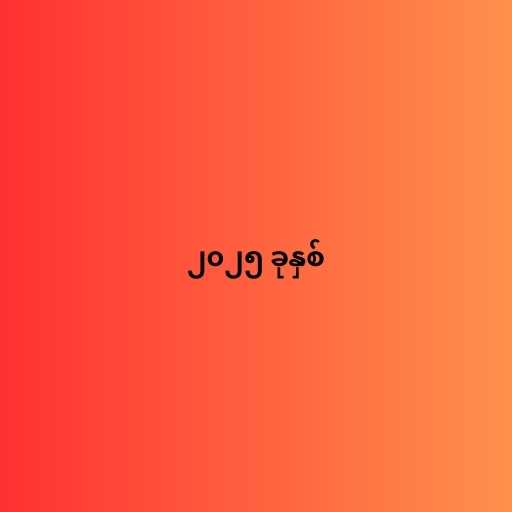
၂၀၂၅ ခုနှစ်